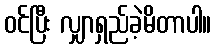
ဝင်ပြီး လျှာရှည်ခဲ့မိတာပါ။